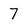
Character: 7